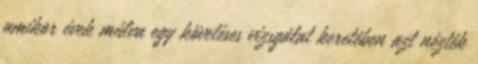
amikor évek múlva egy követéses vizsgálat keretében azt nézték